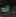
انه